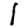
Digit: 1